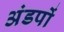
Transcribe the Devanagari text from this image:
अंडपों